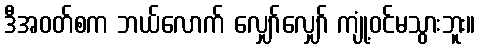
ဒီအဝတ်စက ဘယ်လောက် လျှော်လျှော် ကျုံ့ဝင်မသွားဘူး။